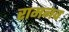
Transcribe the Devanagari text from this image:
रामनव